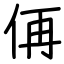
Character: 侢